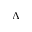
\Lambda